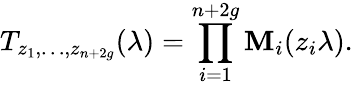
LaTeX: T_{z_{1},\dots,z_{n+2g}}(\lambda)=\prod_{i=1}^{n+2g}{\mathbf{M}_{i}(z_{i}\lambda)}.